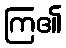
ကြ၏